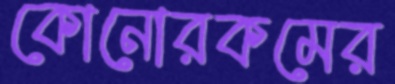
কোনোরকমের